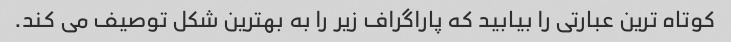
کوتاه ترین عبارتی را بیابید که پاراگراف زیر را به بهترین شکل توصیف می کند.